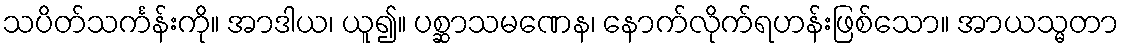
သပိတ်သင်္ကန်းကို။ အာဒါယ၊ ယူ၍။ ပစ္ဆာသမဏေန၊ နောက်လိုက်ရဟန်းဖြစ်သော။ အာယသ္မတာ